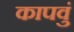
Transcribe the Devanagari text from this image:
कापवुं